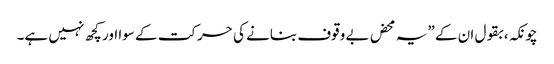
چونکہ، بقول ان کے ”یہ محض بے وقوف بنانے کی حرکت کے سوا اور کچھ نہیں ہے۔